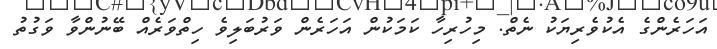
އަހަރެންގެ އެކުވެރިޔަކު ނެތް. މިހުރިހާ ކަމަކުން އަހަރެން ވަރުބަލިވެ ހިތްވަރެއް ބޭނުންވާ ވަގުތު